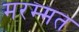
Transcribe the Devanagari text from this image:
मरम्मत